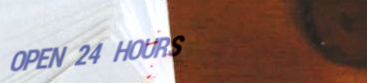
OPEN 24 HOURS